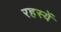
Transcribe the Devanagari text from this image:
रहस्यें